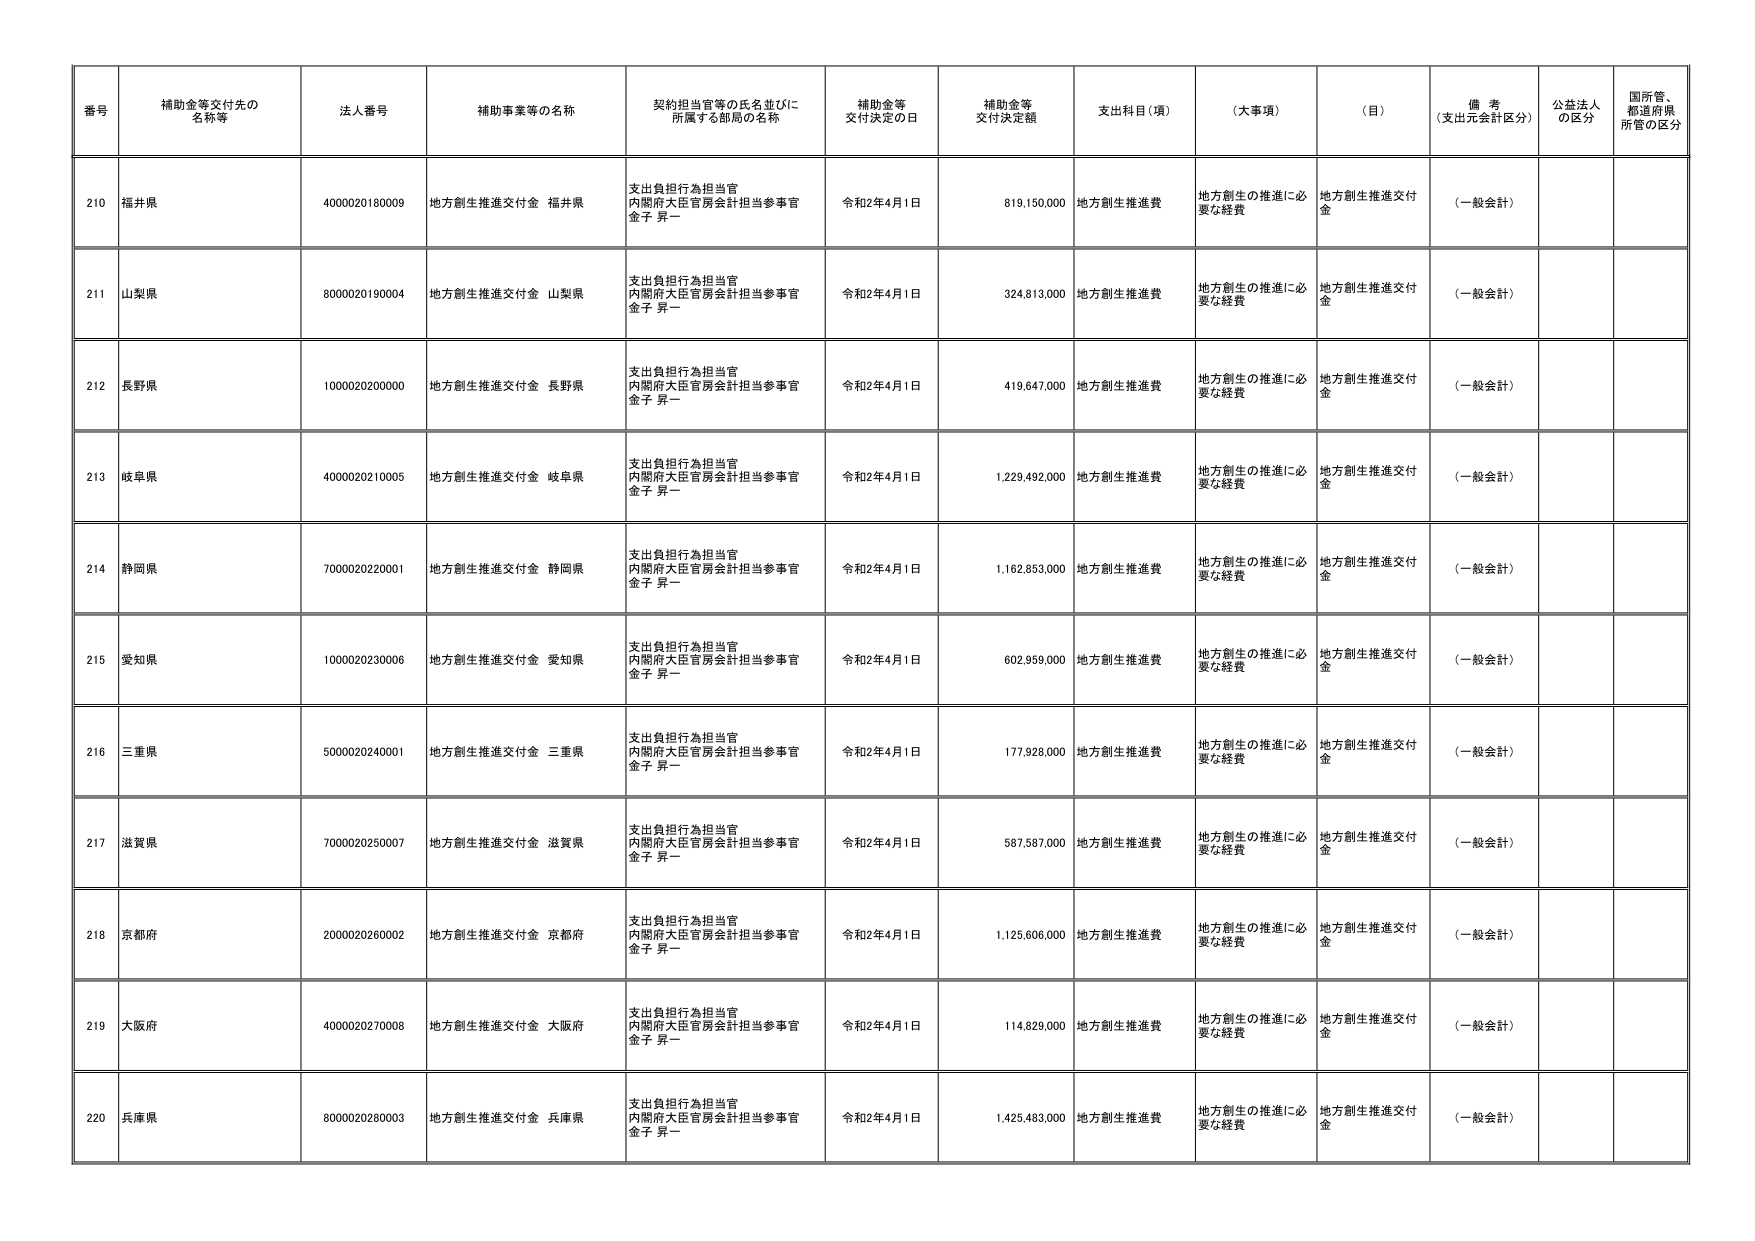
番号 補助金等交付先の名称等 法人番号 補助事業等の名称 契約担当官等の氏名並びに所属する部局の名称 補助金等交付決定の日 補助金等交付決定額 支出科目（項） （大事項） （目） 備考（支出元会計区分） 公益法人の区分 国所管、都道府県所管の区分
210 福井県 4000020180009 地方創生推進交付金 福井県 支出負担行為担当官 内閣府大臣官房会計担当参事官 金子 昇一 令和2年4月1日 819,150,000 地方創生推進費 地方創生の推進に必要な経費 地方創生推進交付金 （一般会計）
211 山梨県 8000020190004 地方創生推進交付金 山梨県 支出負担行為担当官 内閣府大臣官房会計担当参事官 金子 昇一 令和2年4月1日 324,813,000 地方創生推進費 地方創生の推進に必要な経費 地方創生推進交付金 （一般会計）
212 長野県 1000020200000 地方創生推進交付金 長野県 支出負担行為担当官 内閣府大臣官房会計担当参事官 金子 昇一 令和2年4月1日 419,647,000 地方創生推進費 地方創生の推進に必要な経費 地方創生推進交付金 （一般会計）
213 岐阜県 4000020210005 地方創生推進交付金 岐阜県 支出負担行為担当官 内閣府大臣官房会計担当参事官 金子 昇一 令和2年4月1日 1,229,492,000 地方創生推進費 地方創生の推進に必要な経費 地方創生推進交付金 （一般会計）
214 静岡県 7000020220001 地方創生推進交付金 静岡県 支出負担行為担当官 内閣府大臣官房会計担当参事官 金子 昇一 令和2年4月1日 1,162,853,000 地方創生推進費 地方創生の推進に必要な経費 地方創生推進交付金 （一般会計）
215 愛知県 1000020230006 地方創生推進交付金 愛知県 支出負担行為担当官 内閣府大臣官房会計担当参事官 金子 昇一 令和2年4月1日 602,959,000 地方創生推進費 地方創生の推進に必要な経費 地方創生推進交付金 （一般会計）
216 三重県 5000020240001 地方創生推進交付金 三重県 支出負担行為担当官 内閣府大臣官房会計担当参事官 金子 昇一 令和2年4月1日 177,928,000 地方創生推進費 地方創生の推進に必要な経費 地方創生推進交付金 （一般会計）
217 滋賀県 7000020250007 地方創生推進交付金 滋賀県 支出負担行為担当官 内閣府大臣官房会計担当参事官 金子 昇一 令和2年4月1日 587,587,000 地方創生推進費 地方創生の推進に必要な経費 地方創生推進交付金 （一般会計）
218 京都府 2000020260002 地方創生推進交付金 京都府 支出負担行為担当官 内閣府大臣官房会計担当参事官 金子 昇一 令和2年4月1日 1,125,606,000 地方創生推進費 地方創生の推進に必要な経費 地方創生推進交付金 （一般会計）
219 大阪府 4000020270008 地方創生推進交付金 大阪府 支出負担行為担当官 内閣府大臣官房会計担当参事官 金子 昇一 令和2年4月1日 114,829,000 地方創生推進費 地方創生の推進に必要な経費 地方創生推進交付金 （一般会計）
220 兵庫県 8000020280003 地方創生推進交付金 兵庫県 支出負担行為担当官 内閣府大臣官房会計担当参事官 金子 昇一 令和2年4月1日 1,425,483,000 地方創生推進費 地方創生の推進に必要な経費 地方創生推進交付金 （一般会計）